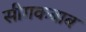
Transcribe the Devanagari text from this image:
सीगकबाब